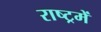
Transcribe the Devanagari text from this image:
राष्ट्रमें